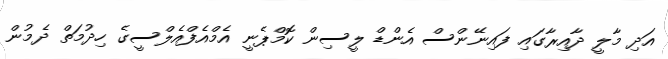
އަދި މާލީ ދާއިރާގައި ފައިނޭންސް އެންޑް ލީސިން ކޮމްޕެނީ އެމްއެފްއެލްސީގެ ހިދުމަތް ދެމުން